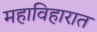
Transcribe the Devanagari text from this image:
महाविहारात